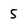
Character: 5